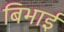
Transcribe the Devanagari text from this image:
बिभाई